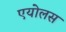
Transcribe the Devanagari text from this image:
एयोलस